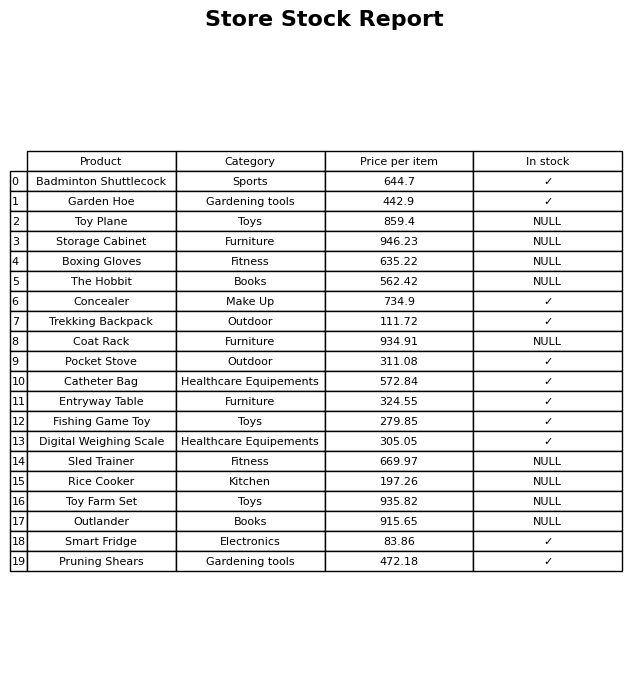
question: Is the Outlander in stock?
answer: NULL